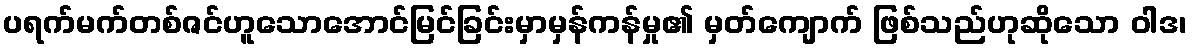
ပရက်မက်တစ်ဇင်ဟူသောအောင်မြင်ခြင်းမှာမှန်ကန်မှု၏ မှတ်ကျောက် ဖြစ်သည်ဟုဆိုသော ဝါဒ၊